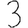
Digit: 3